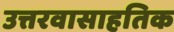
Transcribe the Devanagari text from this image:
उत्तरवासाहतिक